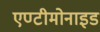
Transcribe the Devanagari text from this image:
एण्टीमोनाइड